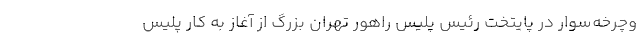
وچرخه‌سوار در پایتخت رئیس پلیس راهور تهران بزرگ از آغاز به کار پلیس